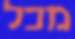
מכל